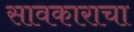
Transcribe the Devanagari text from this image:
सावकाराचा